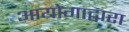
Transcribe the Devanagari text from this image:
आयोगाद्वारा